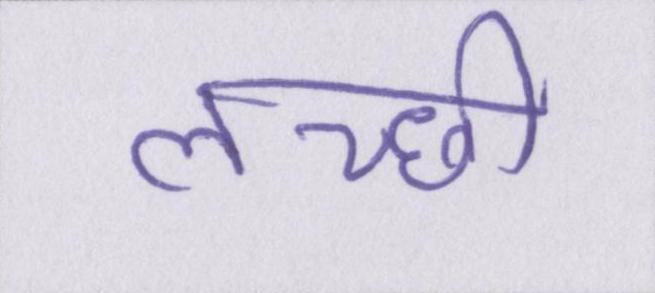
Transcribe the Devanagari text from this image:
लच्छी